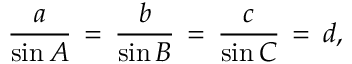
{ \frac { a } { \sin A } } \, = \, { \frac { b } { \sin B } } \, = \, { \frac { c } { \sin C } } \, = \, d ,